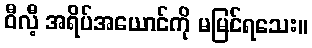
ဝီလီ့ အရိပ်အယောင်ကို မမြင်ရသေး။